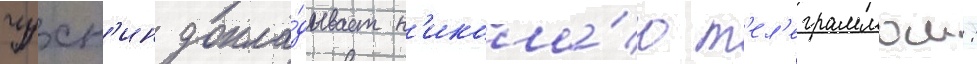
чухн'ин докла́дывает н'икола́ю т'ел'еграммои: